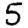
Digit: 5